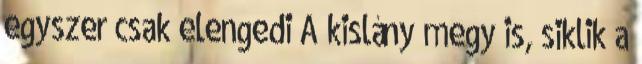
egyszer csak elengedi A kislány megy is, siklik a